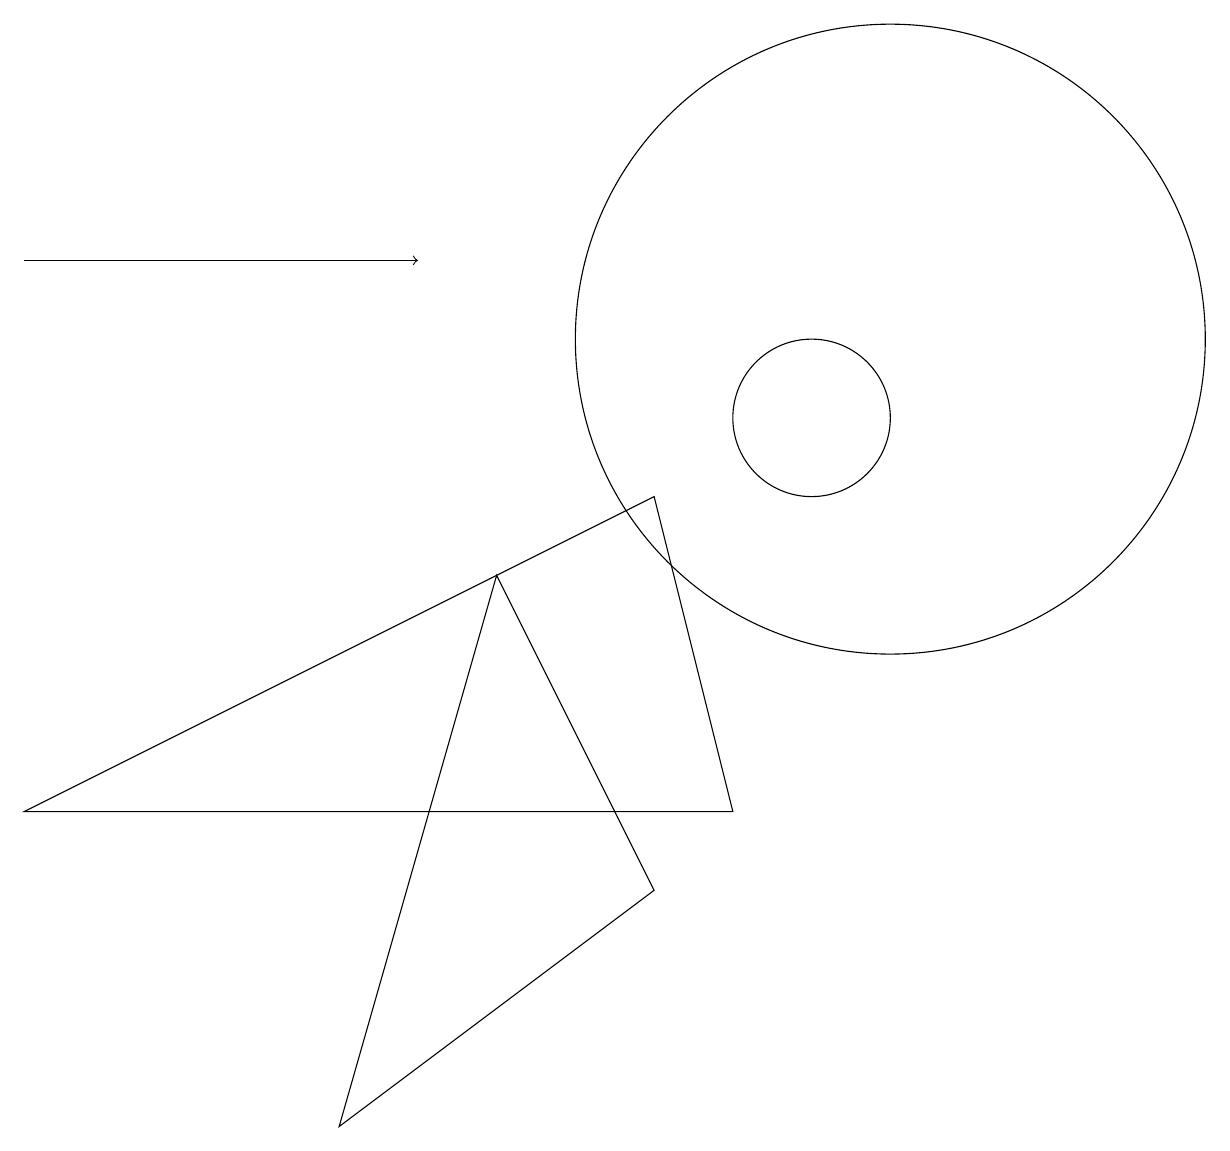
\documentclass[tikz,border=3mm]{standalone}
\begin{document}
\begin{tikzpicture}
\draw (8,4) -- (4,1) -- (6,8) -- cycle;
\draw (8,9) -- (9,5) -- (0,5) -- cycle;
\draw[->] (0,12) -- (5,12);
\draw (10,10) circle (1);
\draw (11,11) circle (4);
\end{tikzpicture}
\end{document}